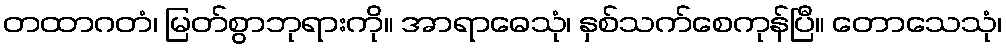
တထာဂတံ၊ မြတ်စွာဘုရားကို။ အာရာဓေသုံ၊ နှစ်သက်စေကုန်ပြီ။ တောသေသုံ၊